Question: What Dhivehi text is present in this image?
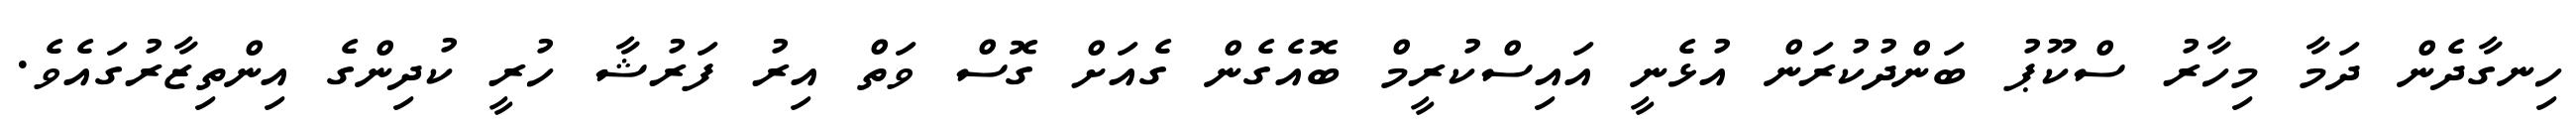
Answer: ހިނގާދެން ދަމާ މިހާރު ސްކޫޕު ބަންދުކުރަން އުޅެނީ އައިސްކުރީމް ބޮއެގެން ގެއަށް ގޮސް ވަތް އިރު ފަރުޝާ ހުރީ ކުދިންގެ އިންތިޒާރުގައެވެ.